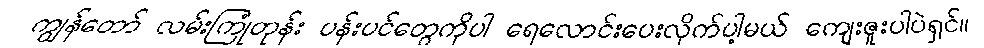
ကျွန်တော် လမ်းကြုံတုန်း ပန်းပင်တွေကိုပါ ရေလောင်းပေးလိုက်ပါ့မယ် ကျေးဇူးပါပဲရှင်။